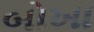
બોખા